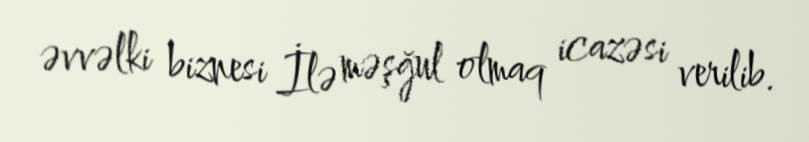
əvvəlki biznesi İlə məşğul olmaq icazəsi verilib.